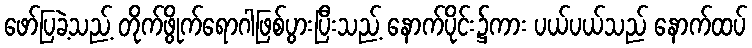
ဖော်ပြခဲ့သည့် တိုက်ဖွိုက်ရောဂါဖြစ်ပွားပြီးသည့် နောက်ပိုင်း၌ကား ပယ်ပယ်သည် နောက်ထပ်